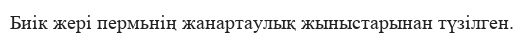
Биік жері пермьнің жанартаулық жыныстарынан түзілген.